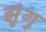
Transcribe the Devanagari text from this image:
झुंगु